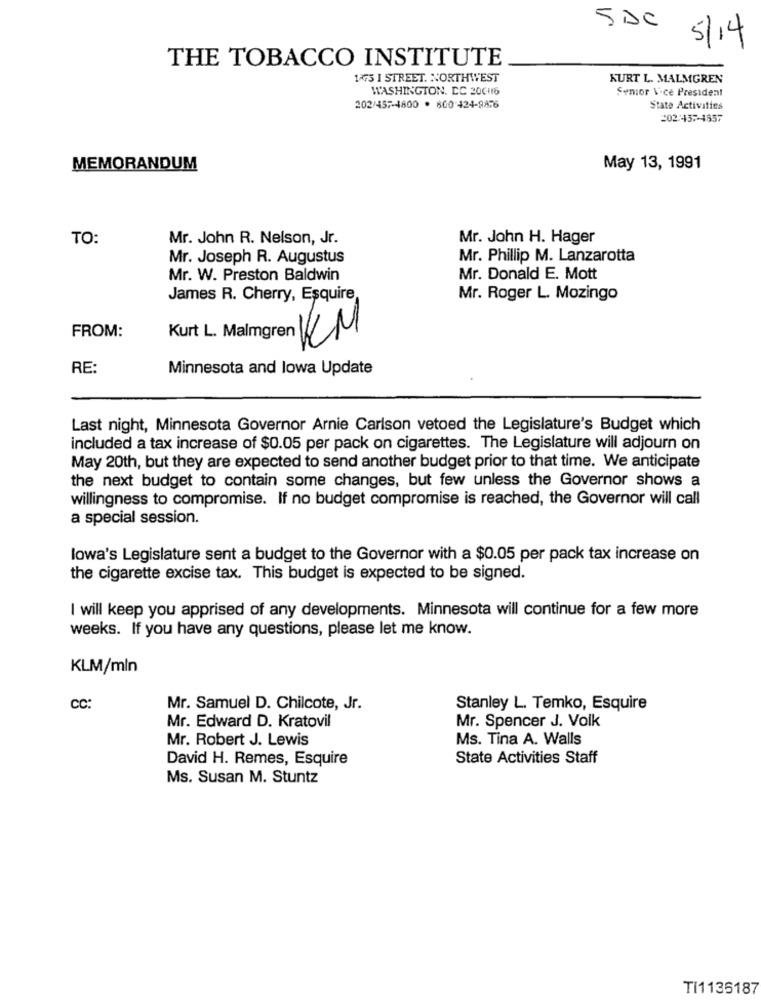
5 DC
5/14
THE TOBACCO INSTITUTE
1475 I STREET. NORTHWEST
KURT L. MALMGREN
WASHINGTON, DC 20CH16
Senior Vice President
202/457-4800 . 800 424-9876
State Activities
202/437-1857
MEMORANDUM
May 13, 1991
TO:
Mr. John R. Nelson, Jr.
Mr. John H. Hager
Mr. Joseph R. Augustus
Mr. Phillip M. Lanzarotta
Mr. W. Preston Baldwin
Mr. Donald E. Mott
James R. Cherry, Esquire,
Mr. Roger L. Mozingo
FROM:
Kurt L. Maingren KM
RE:
Minnesota and lowa Update
Last night, Minnesota Governor Arnie Carlson vetoed the Legislature's Budget which
included a tax increase of $0.05 per pack on cigarettes. The Legislature will adjourn on
May 20th, but they are expected to send another budget prior to that time. We anticipate
the next budget to contain some changes, but few unless the Governor shows a
willingness to compromise. If no budget compromise is reached, the Governor will call
a special session.
lowa's Legislature sent a budget to the Governor with a $0.05 per pack tax increase on
the cigarette excise tax. This budget is expected to be signed.
I will keep you apprised of any developments. Minnesota will continue for a few more
weeks. If you have any questions, please let me know.
KLM/mln
CC:
Mr. Samuel D. Chilcote, Jr.
Stanley L. Temko, Esquire
Mr. Edward D. Kratovil
Mr. Spencer J. Volk
Mr. Robert J. Lewis
Ms. Tina A. Walls
David H. Remes, Esquire
State Activities Staff
Ms. Susan M. Stuntz
TI1135187